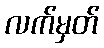
လက်မှတ်